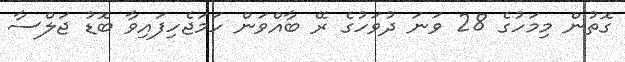
ގޮތުން މިމަހުގެ 28 ވަނަ ދުވަހުގެ ރޭ ބާއްވަން ހަމަޖެހިފައިވާ ބޮޑު ޖަލްސާ